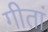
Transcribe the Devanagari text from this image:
गीतां